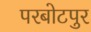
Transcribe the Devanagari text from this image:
परबोटपुर